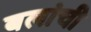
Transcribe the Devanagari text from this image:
बलांची